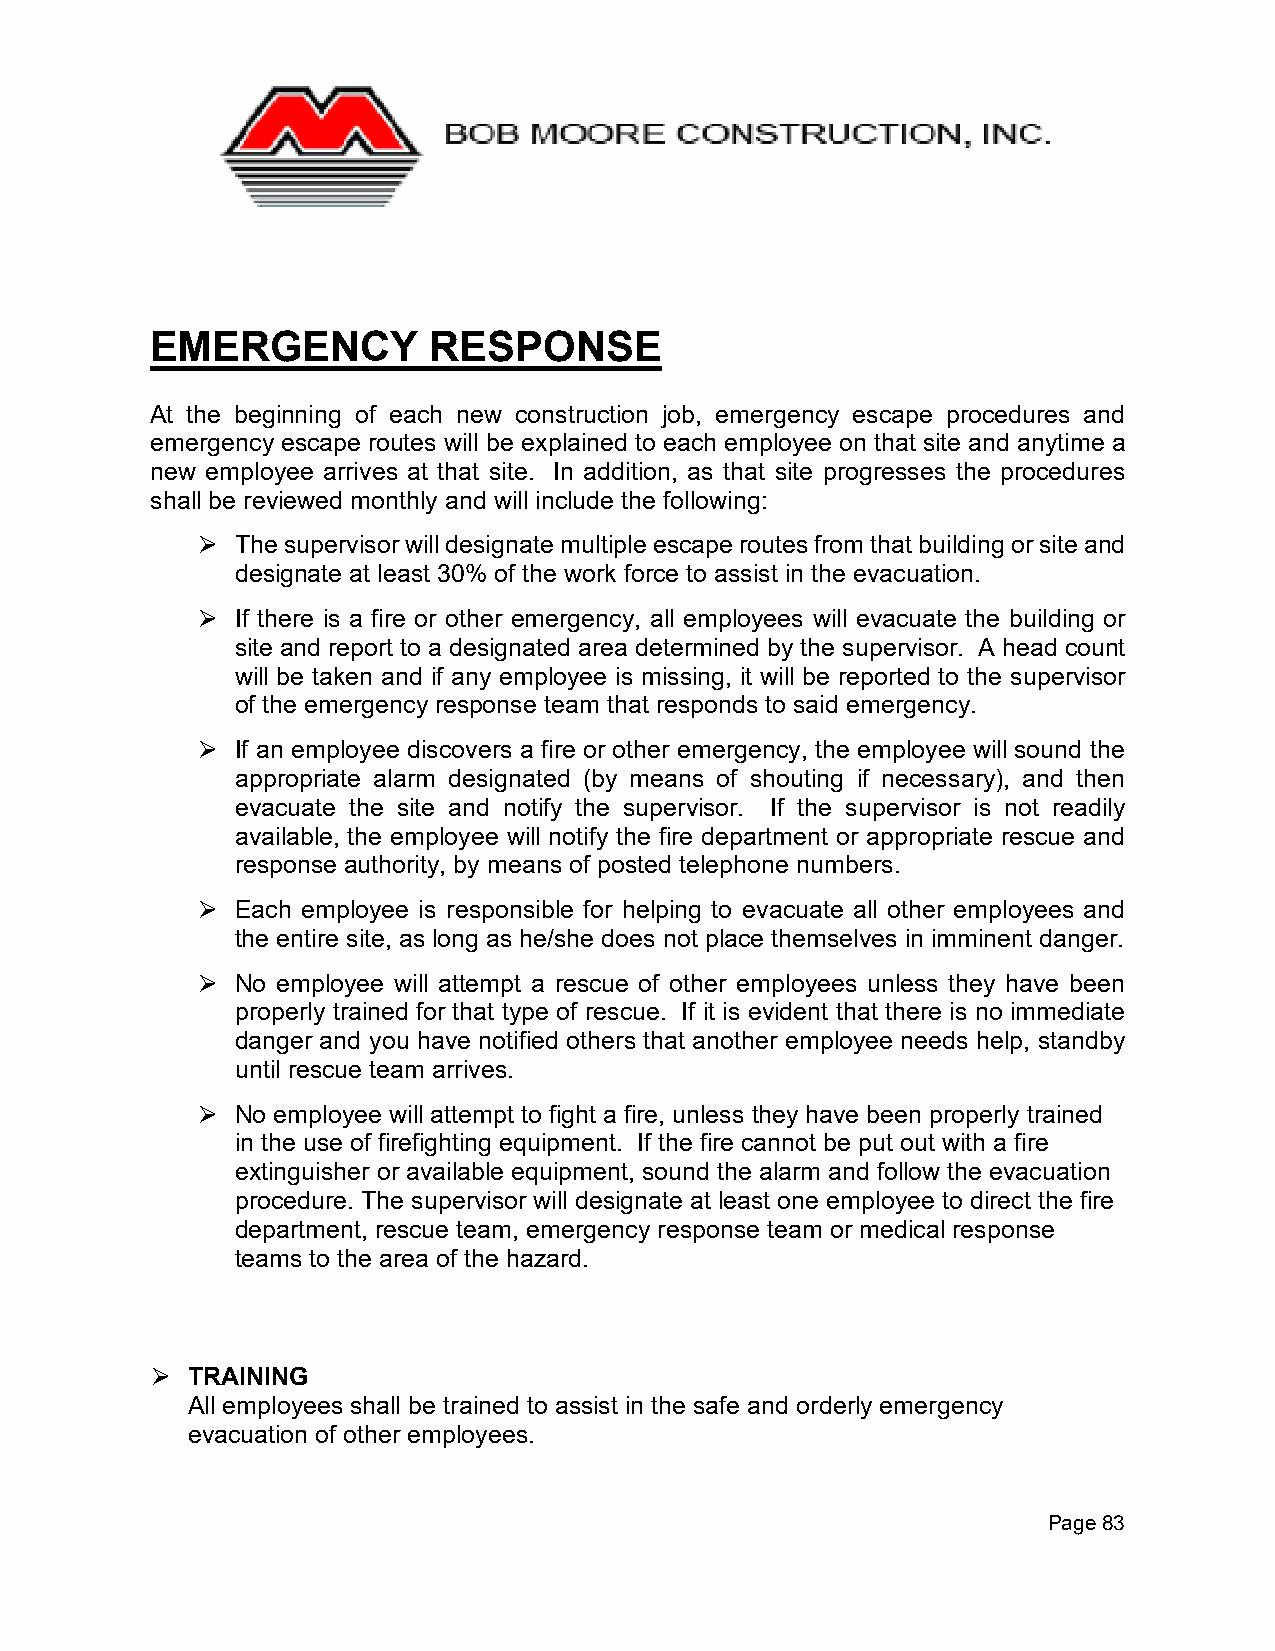
EMERGENCY         RESPONSE
 At the beginning of each new construction job, emergency escape procedures and
 emergency escape routes will be explained to each employee on that site and anytime a
 new employee arrives at that site. In addition, as that site progresses the procedures
 shall be reviewed monthly and will include the following:
 The supervisor will designate multiple escape routes from that building or site and
 ⮚
 designate at least 30% of the work force to assist in the evacuation.
 If there is a fire or other emergency, all employees will evacuate the building or
 ⮚
 site and report to a designated area determined by the supervisor. A head count
 will be taken and if any employee is missing, it will be reported to the supervisor
 of the emergency response team that responds to said emergency.
 If an employee discovers a fire or other emergency, the employee will sound the
 ⮚
 appropriate alarm designated (by means of shouting if necessary), and then
 evacuate the site and notify the supervisor. If the supervisor is not readily
 available, the employee will notify the fire department or appropriate rescue and
 response authority, by means of posted telephone numbers.
 Each employee is responsible for helping to evacuate all other employees and
 ⮚
 the entire site, as long as he/she does not place themselves in imminent danger.
 No employee will attempt a rescue of other employees unless they have been
 ⮚
 properly trained for that type of rescue. If it is evident that there is no immediate
 danger and you have notified others that another employee needs help, standby
 until rescue team arrives.
 No employee will attempt to fight a fire, unless they have been properly trained
 ⮚
 in the use of firefighting equipment. If the fire cannot be put out with a fire
 extinguisher or available equipment, sound the alarm and follow the evacuation
 procedure. The supervisor will designate at least one employee to direct the fire
 department, rescue team, emergency response team or medical response
 teams to the area of the hazard.
 TRAINING
 ⮚
 All employees shall be trained to assist in the safe and orderly emergency
 evacuation of other employees.
 Page 83